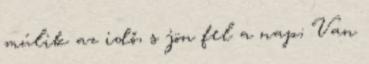
múlik az idő, s jön fel a nap; Van